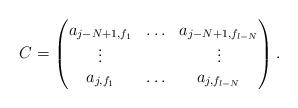
LaTeX: \begin{align*}C=\begin{pmatrix} a_{j-N+1,f_1} & \hdots & a_{j-N+1,f_{l-N}} \\ \vdots & & \vdots \\ a_{j,f_1} & \hdots & a_{j,f_{l-N}}\end{pmatrix}.\end{align*}